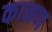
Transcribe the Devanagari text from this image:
कानण